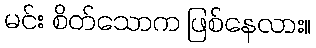
မင်း စိတ်သောက ဖြစ်နေလား။